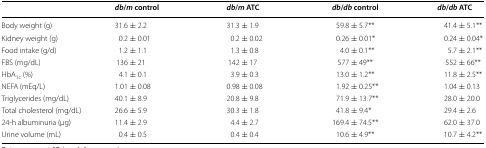
|  | db/m control | db/m ATC | db/db control | db/db ATC |
 | --- | --- | --- | --- | --- |
 | Body weight (g) | 31.6 ± 2.2 | 31.3 ± 1.9 | 59.8 ± 5.7** | 41.4 ± 5.1** |
 | Kidney weight (g) | 0.2 ± 0.01 | 0.2 ± 0.02 | 0.26 ± 0.01* | 0.24 ± 0.04* |
 | Food intake (g/d) | 1.2 ± 1.1 | 1.3 ± 0.8 | 4.0 ± 0.1** | 5.7 ± 2.1** |
 | FBS (mg/dL) | 136 ± 21 | 142 ± 17 | 577 ± 49** | 552 ± 66** |
 | HbA1c (%) | 4.1 ± 0.1 | 3.9 ± 0.3 | 13.0 ± 1.2** | 11.8 ± 2.5** |
 | NEFA (mEq/L) | 1.01 ± 0.08 | 0.98 ± 0.08 | 1.92 ± 0.25** | 1.04 ± 0.13 |
 | Triglycerides (mg/dL) | 40.1 ± 8.9 | 20.8 ± 9.8 | 71.9 ± 13.7** | 28.0 ± 20.0 |
 | Total cholesterol (mg/dL) | 26.6 ± 5.9 | 30.3 ± 1.8 | 41.8 ± 9.4* | 29.4 ± 2.6 |
 | 24-h albuminuria (μg) | 11.4 ± 2.9 | 4.4 ± 2.7 | 169.4 ± 74.5** | 62.0 ± 37.0 |
 | Urine volume (mL) | 0.4 ± 0.5 | 0.4 ± 0.4 | 10.6 ± 4.9** | 10.7 ± 4.2** |